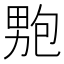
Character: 𭻚